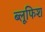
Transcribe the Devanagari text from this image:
ब्लूफिश